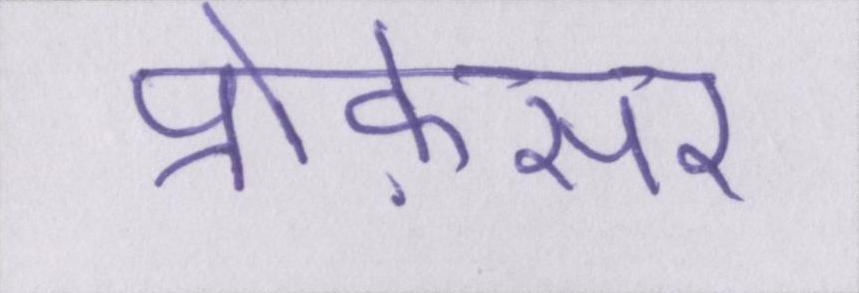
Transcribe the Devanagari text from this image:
प्रोफ़ेसर